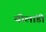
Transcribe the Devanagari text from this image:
योलांडी